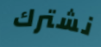
نشترك